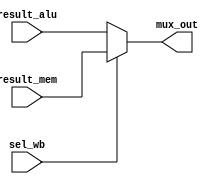
module muxwb (result_alu, result_mem, mux_out, sel_wb);

input wire [31:0] result_mem, result_alu;
input wire sel_wb;
output reg [31:0] mux_out;


always @*
begin
    if (sel_wb == 1'b0) begin
        mux_out = result_alu;
    end
    else begin
        mux_out = result_mem;
    end
end
endmodule